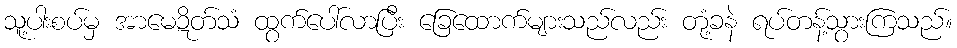
သူ့ပါးစပ်မှ အာမေဍိတ်သံ ထွက်ပေါ်လာပြီး ခြေထောက်များသည်လည်း တုံ့ခနဲ ရပ်တန့်သွားကြသည်။